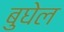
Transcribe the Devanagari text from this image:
बुघेल